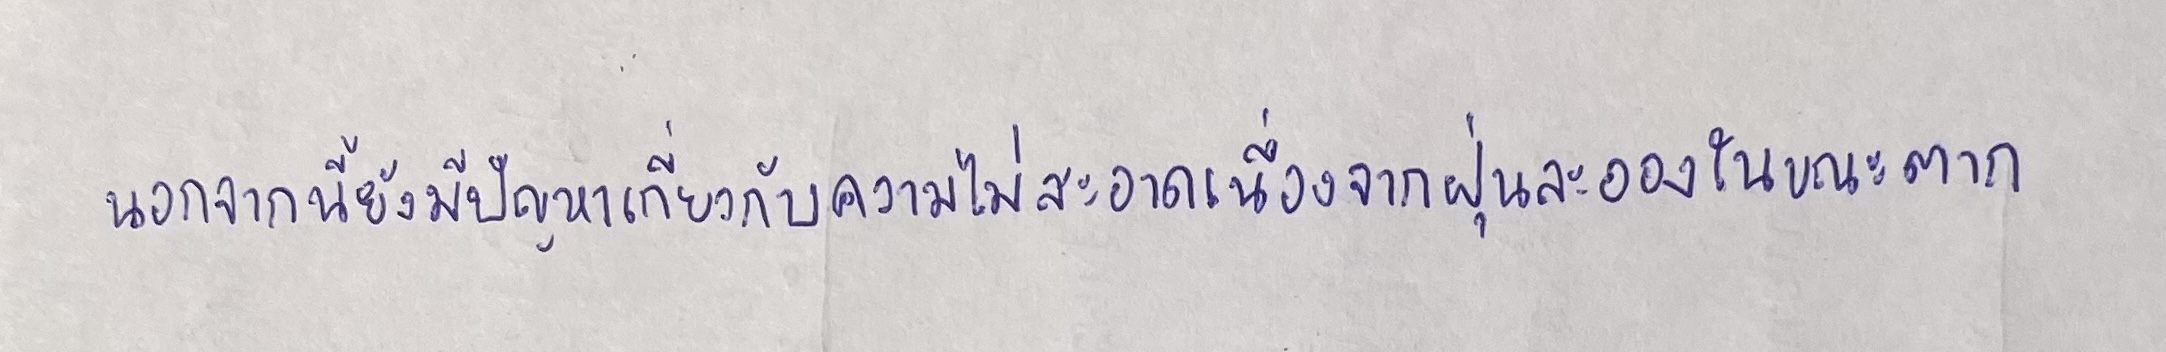
นอกจากนี้ยังมีปัญหาเกี่ยวกับความไม่สะอาดเนื่องจากฝุ่นละอองในขณะตาก